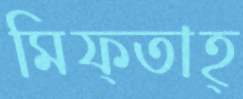
মিফ্তাহ্